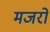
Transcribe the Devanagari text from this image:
मजरो